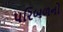
પરિબળનો